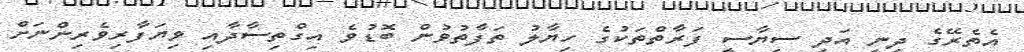
އެތެރޭގެ ދީނީ އަދި ސިޔާސީ ފަރާތްތަކުގެ ހިޔާލު ތަފާތުވުން ބޮޑުވެ އިގްތިސާދާއި ވިޔަފާރިވެރިންނަށް